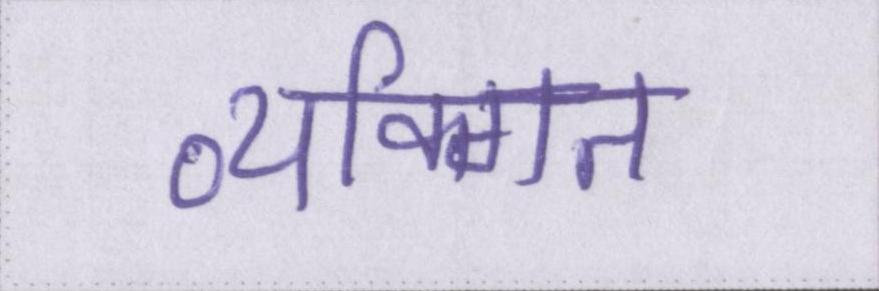
व्यक्गित